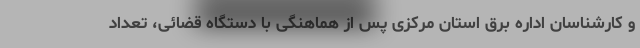
و کارشناسان اداره برق استان مرکزی پس از هماهنگی با دستگاه قضائی، تعداد